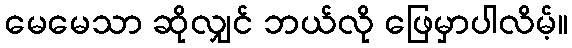
မေမေသာ ဆိုလျှင် ဘယ်လို ဖြေမှာပါလိမ့်။